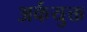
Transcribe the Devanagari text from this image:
अर्कयुक्त